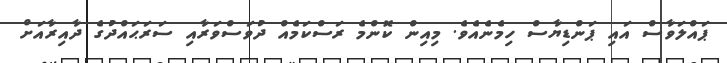
ޕައްލަވާސް އައި ޕަންޑިޔާސް ހިމެނެއެވެ. މިއިން ކޮންމެ ރަސްކަމެއް ދުވަސްވަރާއި ސަރަޙައްދުގެ ދާއިރާއަށް